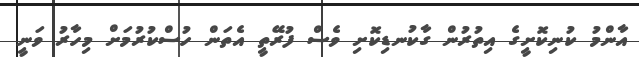
އާންމު ކުނިކޮށީގެ އިތުރުން ގާކުނޑިކޮށި ވެސް ފުރޭތީ އެތަން ހުސްކުރުމަށް މިހާރު ވަނީ